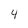
Character: 4